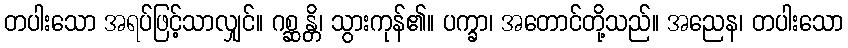
တပါးသော အရပ်ဖြင့်သာလျှင်။ ဂစ္ဆန္တိ၊ သွားကုန်၏။ ပက္ခာ၊ အတောင်တို့သည်။ အညေန၊ တပါးသော